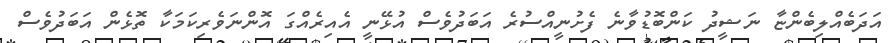
އަދަބެއްލިބެންޏާ ނަޝީދު ކަންބޮޑުވާނެ ފެށުނީއްސުރެ އަބަދުވެސް އުޅޭނީ އެއިރެއްގަ އޮންނަވެރިކަމަކާ ތޮޅެން އަބަދުވެސް